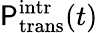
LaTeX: \mathsf{P}_{\mathrm{{trans}}}^{\mathrm{{intr}}}(t)